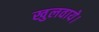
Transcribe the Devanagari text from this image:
खुलवाये।